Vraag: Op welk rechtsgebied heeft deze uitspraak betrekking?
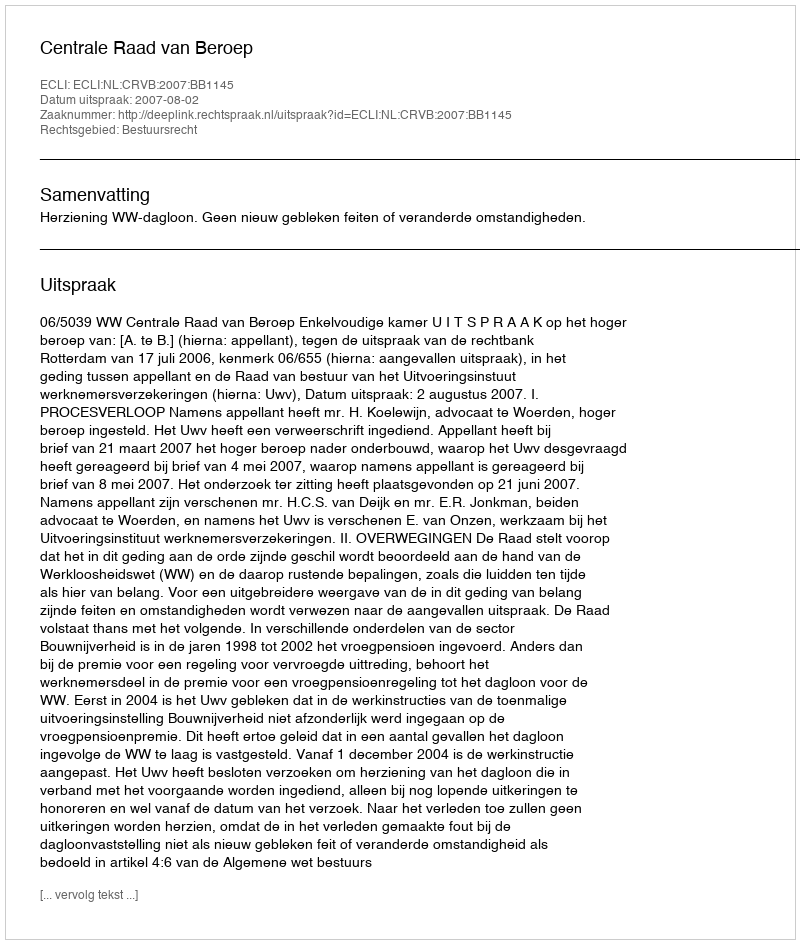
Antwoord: Bestuursrecht